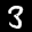
Label: 3